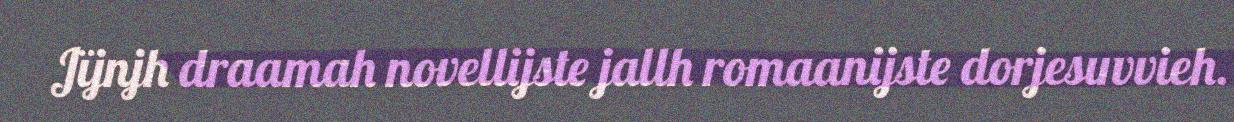
Jïjnjh draamah novellijste jallh romaanijste dorjesuvvieh.